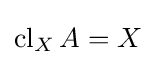
\operatorname {cl} _{X}A=X